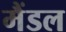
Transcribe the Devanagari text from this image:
मैंडल